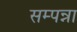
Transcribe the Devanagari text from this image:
सम्पन्ना